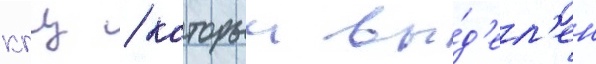
кгц / которыи вы́д'ел'ен